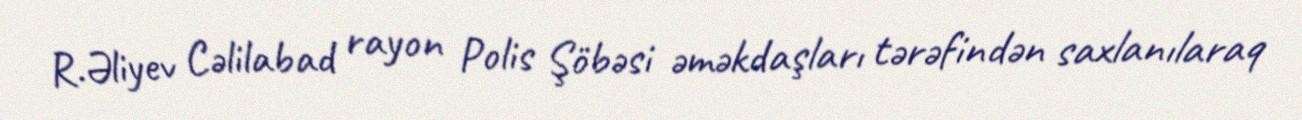
R.Əliyev Cəlilabad rayon Polis Şöbəsi əməkdaşları tərəfindən saxlanılaraq